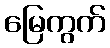
မြေကွက်